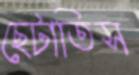
ছেটাতিস